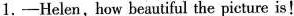
1.—Helen,how beautiful the picture is!